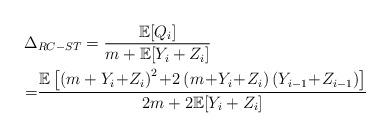
LaTeX: \begin{align*}\Delta&_{RC-ST}= \frac{\mathbb{E}[Q_i]}{m+\mathbb{E}[Y_i+Z_i]} \\=& \frac{\mathbb{E} \left[ \left(m+Y_i \!+\!Z_i\right)^2 \!+\! 2 \left(m\!+\!Y_i\!+\!Z_i\right) \left(Y_{i-1}\!+\!Z_{i-1}\right) \right]}{2m+2\mathbb{E}[Y_i+Z_i]}\end{align*}